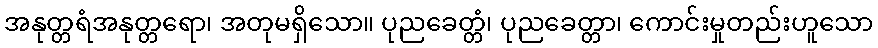
အနုတ္တရံအနုတ္တရော၊ အတုမရှိသော။ ပုညခေတ္တံ၊ ပုညခေတ္တာ၊ ကောင်းမှုတည်းဟူသော